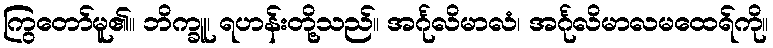
ကြွတော်မူ၏။ ဘိက္ခူ၊ ရဟန်းတို့သည်။ အင်္ဂုလိမာလံ၊ အင်္ဂုလိမာလမထေရ်ကို။